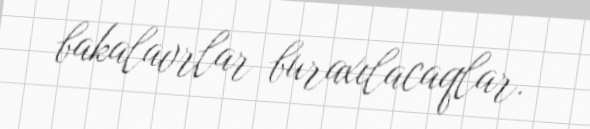
bakalavrlar buraxılacaqlar.